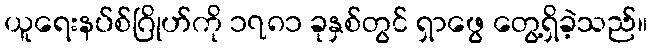
ယူရေးနပ်စ်ဂြိုဟ်ကို ၁၇၈၁ ခုနှစ်တွင် ရှာဖွေ တွေ့ရှိခဲ့သည်။